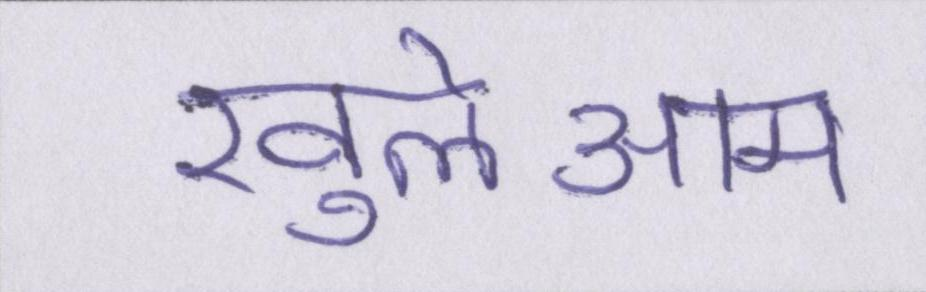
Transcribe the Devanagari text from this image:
खुलेआम